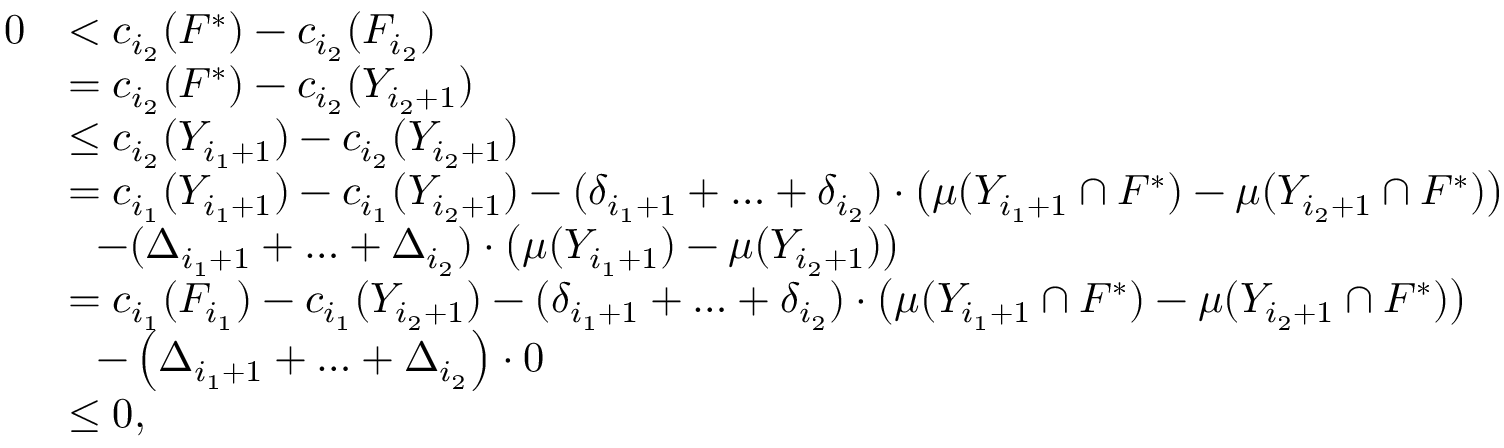
\begin{array} { r l } { 0 } & { < c _ { i _ { 2 } } ( F ^ { * } ) - c _ { i _ { 2 } } ( F _ { i _ { 2 } } ) } \\ { } & { = c _ { i _ { 2 } } ( F ^ { * } ) - c _ { i _ { 2 } } ( Y _ { i _ { 2 } + 1 } ) } \\ { } & { \le c _ { i _ { 2 } } ( Y _ { i _ { 1 } + 1 } ) - c _ { i _ { 2 } } ( Y _ { i _ { 2 } + 1 } ) } \\ { } & { = c _ { i _ { 1 } } ( Y _ { i _ { 1 } + 1 } ) - c _ { i _ { 1 } } ( Y _ { i _ { 2 } + 1 } ) - ( \delta _ { i _ { 1 } + 1 } + \ldots + \delta _ { i _ { 2 } } ) \cdot \big ( \mu ( Y _ { i _ { 1 } + 1 } \cap F ^ { * } ) - \mu ( Y _ { i _ { 2 } + 1 } \cap F ^ { * } ) \big ) } \\ { } & { ~ ~ - ( \Delta _ { i _ { 1 } + 1 } + \ldots + \Delta _ { i _ { 2 } } ) \cdot \big ( \mu ( Y _ { i _ { 1 } + 1 } ) - \mu ( Y _ { i _ { 2 } + 1 } ) \big ) } \\ { } & { = c _ { i _ { 1 } } ( F _ { i _ { 1 } } ) - c _ { i _ { 1 } } ( Y _ { i _ { 2 } + 1 } ) - ( \delta _ { i _ { 1 } + 1 } + \ldots + \delta _ { i _ { 2 } } ) \cdot \big ( \mu ( Y _ { i _ { 1 } + 1 } \cap F ^ { * } ) - \mu ( Y _ { i _ { 2 } + 1 } \cap F ^ { * } ) \big ) } \\ { } & { ~ ~ - \left( \Delta _ { i _ { 1 } + 1 } + \ldots + \Delta _ { i _ { 2 } } \right) \cdot 0 } \\ { } & { \le 0 , } \end{array}